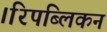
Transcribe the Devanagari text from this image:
।रिपब्लिकन